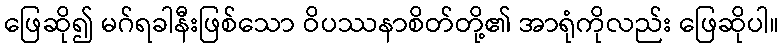
ဖြေဆို၍ မဂ်ရခါနီးဖြစ်သော ဝိပဿနာစိတ်တို့၏ အာရုံကိုလည်း ဖြေဆိုပါ။